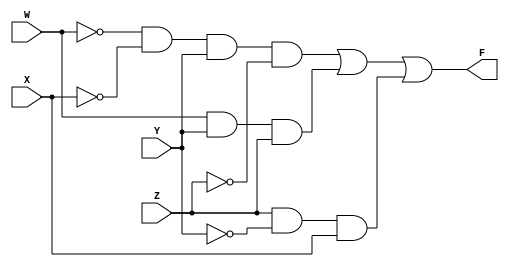
module step1(W, X, Y, Z, F);
	input W, X, Y, Z;
	output F;
	
	assign F = (~W & ~X & Y & ~Z) | (W & Y & Z) | (Z & ~Y & X);
endmodule